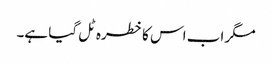
مگر اب اس کا خطرہ ٹل گیا ہے۔